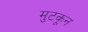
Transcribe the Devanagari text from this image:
मुटकून